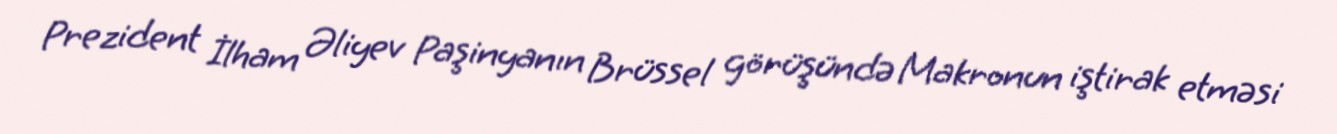
Prezident İlham Əliyev Paşinyanın Brüssel görüşündə Makronun iştirak etməsi